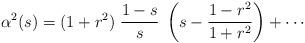
LaTeX: \begin{align*} \alpha^2(s)=(1+r^2)\; \frac{1-s}s\; \left(s-\frac{1-r^2}{1+r^2}\right)+\cdots \end{align*}